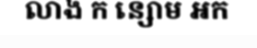
លាង ក ន្សោម អក